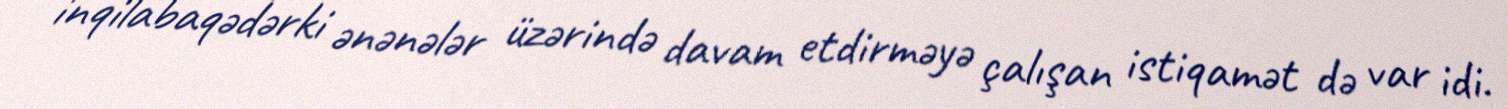
inqilabaqədərki ənənələr üzərində davam etdirməyə çalışan istiqamət də var idi.